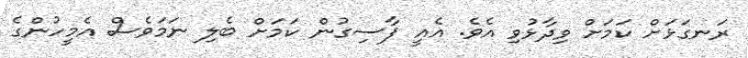
ރަނގަޅަށް ކަމަށް ވިދާޅުވި އެވެ. އެއީ ފާސިގުން ކަމަށް ބެލި ނަމަވެސް އެމީހުންގެ